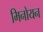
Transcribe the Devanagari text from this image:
मिनोयन